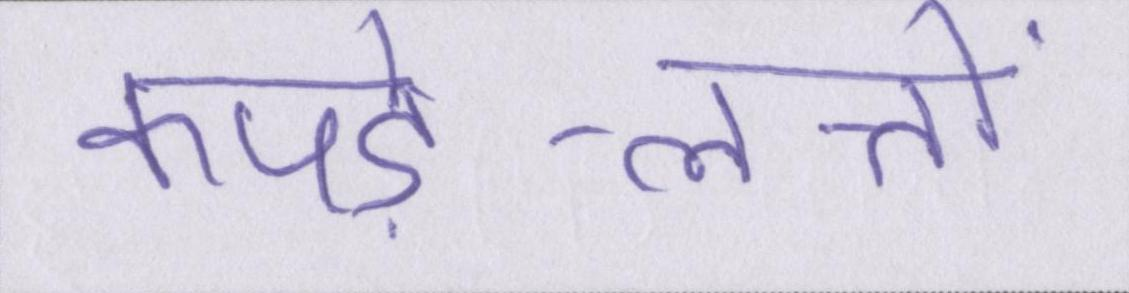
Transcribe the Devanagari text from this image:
कपड़े-लत्तों